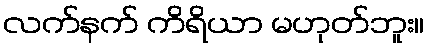
လက်နက် ကိရိယာ မဟုတ်ဘူး။